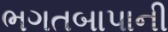
ભગતબાપાની